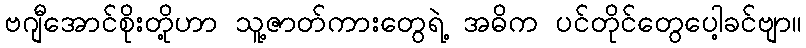
ဗဂျီအောင်စိုးတို့ဟာ သူ့ဇာတ်ကားတွေရဲ့ အဓိက ပင်တိုင်တွေပေါ့ခင်ဗျာ။